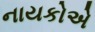
નાયકોએ